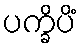
ပက္ခိပိံ